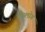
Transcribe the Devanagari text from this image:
रीब्लोग